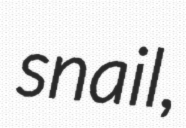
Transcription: snail,